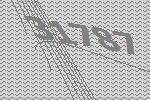
31787